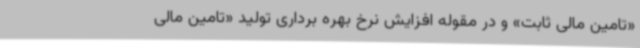
«تامین مالی ثابت» و در مقوله افزایش نرخ بهره برداری تولید «تامین مالی